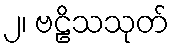
၂၊ ဗဠိသသုတ်